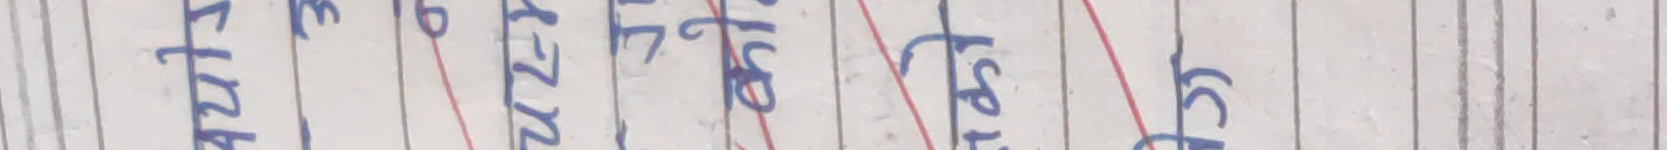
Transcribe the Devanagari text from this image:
४१५ सय रु १६० अस्टीमा